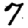
Digit: 7